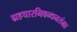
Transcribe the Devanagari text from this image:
ग्रहचारनिबन्धनसंग्रह